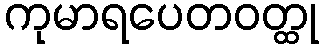
ကုမာရပေတဝတ္ထု